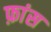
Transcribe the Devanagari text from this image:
फ़ांस